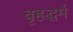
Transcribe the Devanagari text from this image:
वृहद्धर्म